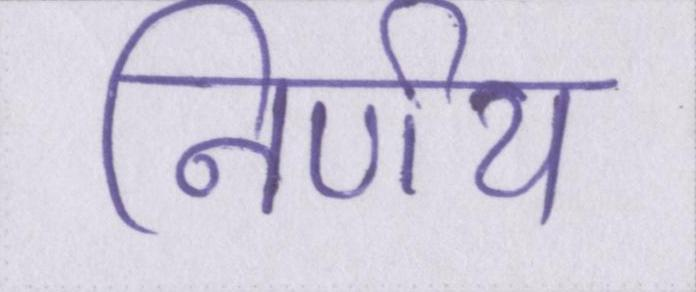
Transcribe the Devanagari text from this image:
निर्णय